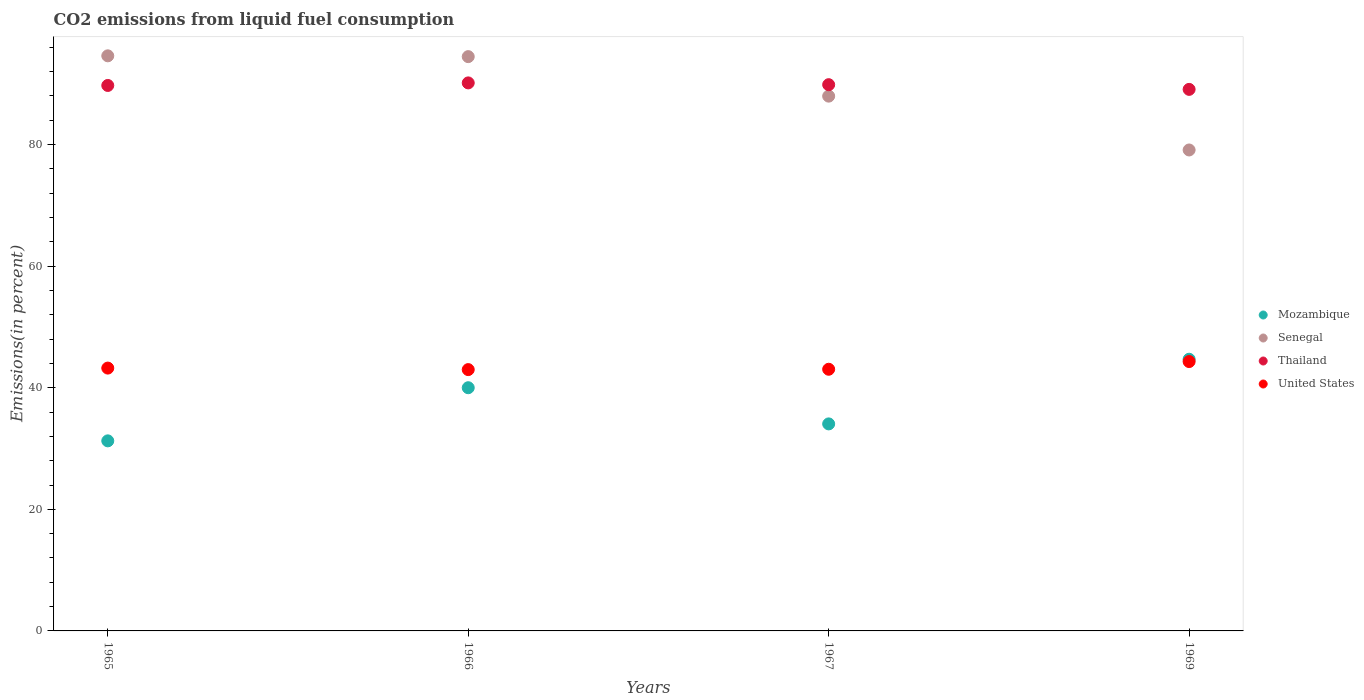
| Years | Mozambique | Senegal | Thailand | United States |
 | --- | --- | --- | --- | --- |
 | 1965 | 31.3 | 94.6 | 89.7 | 43.2 |
 | 1966 | 40 | 94.5 | 90.1 | 43 |
 | 1967 | 34.1 | 88 | 89.8 | 43 |
 | 1969 | 44.7 | 79.1 | 89.1 | 44.3 |